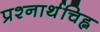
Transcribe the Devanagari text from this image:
प्रश्नार्थचिह्न